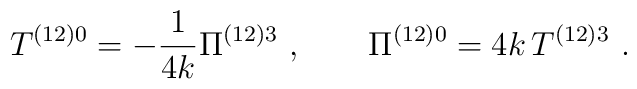
T^{\left( 12\right) 0}=-\frac{1}{4k}\Pi ^{\left( 12\right) 3}\ ,\qquad \Pi^{(12)0}=4k\,T^{(12)3}\ .